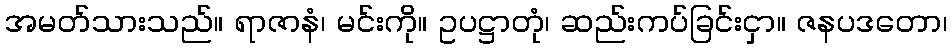
အမတ်သားသည်။ ရာဇာနံ၊ မင်းကို။ ဥပဋ္ဌာတုံ၊ ဆည်းကပ်ခြင်းငှာ။ ဇနပဒတော၊